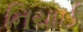
નિચાઈ